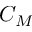
C _ { M }